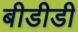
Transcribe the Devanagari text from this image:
बीडीडी